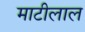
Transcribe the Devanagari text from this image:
माटीलाल